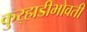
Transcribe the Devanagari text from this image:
कुर्‍हाडीभोवती